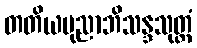
တတိယပုညာဘိသန္ဒသုတ္တံ